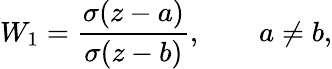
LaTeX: W_{1}=\frac{\sigma(z-a)}{\sigma(z-b)},\qquad a\ne b,